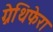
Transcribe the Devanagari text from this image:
ग्नेथिफेरा